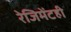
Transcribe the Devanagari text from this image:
रेजिमेंटही